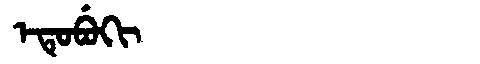
Manchu: ᡝᡨᡠᠪᡠᡴᡳ
Romanization: ETUBUKI